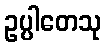
ဥပ္ပါတေသု